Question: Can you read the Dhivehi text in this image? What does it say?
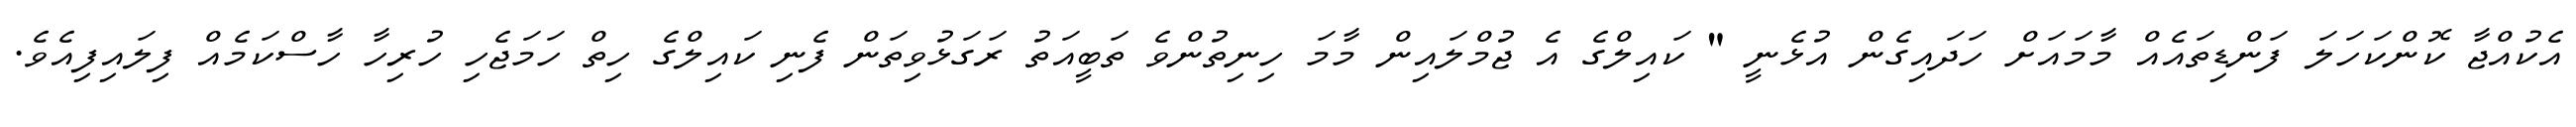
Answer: އެކުއްޖާ ކޮންކަހަލަ ފަންޑިތައެއް މާމައަށް ހަދައިގެން އުޅެނީ " ކައިލްގެ އެ ޖުމްލައިން މާމަ ހިނިތުންވެ ތަބީއަތު ރަގަޅުވިތަން ފެނި ކައިލްގެ ހިތް ހަމަޖެހި ހުރިހާ ހާސްކަމެއް ފިލައިފިއެވެ.